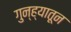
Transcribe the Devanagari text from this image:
गुन्ह्यातून